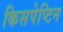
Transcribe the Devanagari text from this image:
किसपेप्टिन